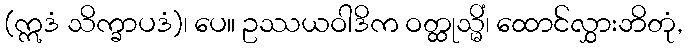
(ဣဒံ သိက္ခာပဒံ)၊ ပေ။ ဥဿယဝါဒိက ဝတ္ထုသ္မိံ၊ ထောင်လွှားဘိတုံ,